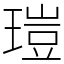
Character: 𤧸